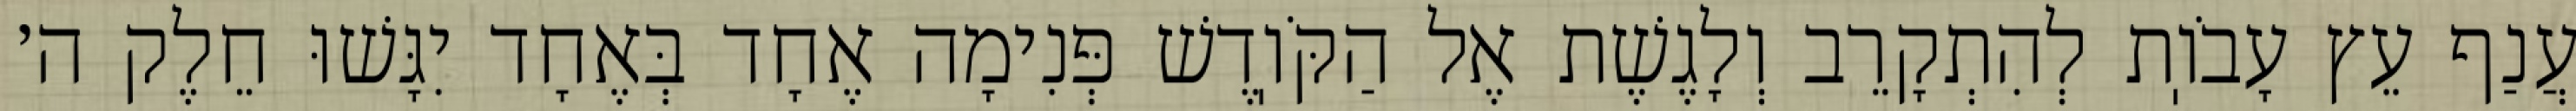
עֲנַף עֵץ עָבֹוֽת לְהִתְקָרֵב וְלָגֶשֶׁת אֶל הַקֹּוֽדֶשׁ פְּנִימָה אֶחָד בְּאֶחָד יִגָּשׁוּ חֵלֶק ה׳